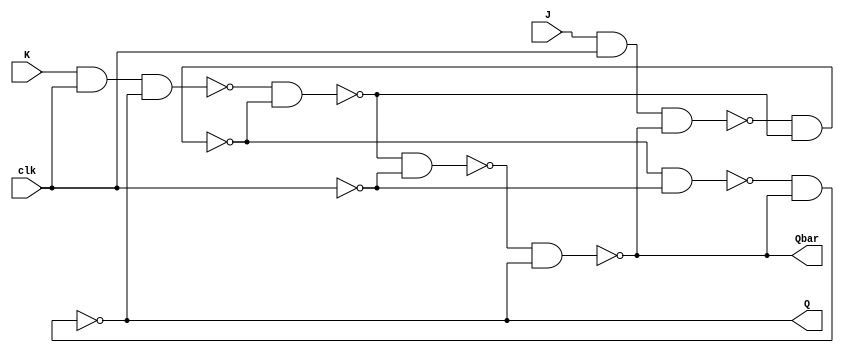
module jkff(J,K,Q,Qbar,clk);
input J,K, clk;
output Q, Qbar;
wire w1, w2, w3, w4, w5, w6, clkbar;

not nn1 (clkbar, clk);
nand n1 (w1, J, clk, Qbar);
nand n2 (w2, K, clk, Q);
nand n3 (w3, w1, w4);
nand n4 (w4, w2, w3);

nand n5 (w5, w3, clkbar);
nand n6 (w6, w4, clkbar);
nand n7 (Q, w5, Qbar);
nand n8 (Qbar, w6, Q);

endmodule